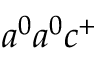
a ^ { 0 } a ^ { 0 } c ^ { + }